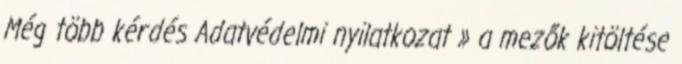
Még több kérdés Adatvédelmi nyilatkozat » a mezők kitöltése